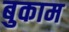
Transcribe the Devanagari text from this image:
बुकाम